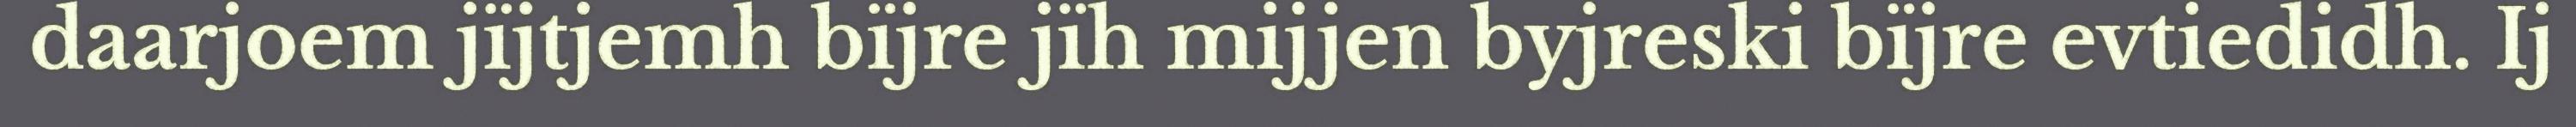
daarjoem jïjtjemh bïjre jïh mijjen byjreski bïjre evtiedidh. Ij